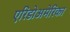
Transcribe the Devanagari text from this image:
एरिडोअमेरिका